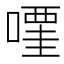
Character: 𠽥